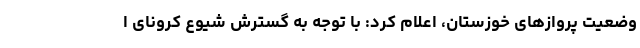
وضعیت پروازهای خوزستان، اعلام کرد: با توجه به گسترش شیوع کرونای ا